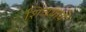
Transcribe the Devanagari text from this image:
शिवयायें